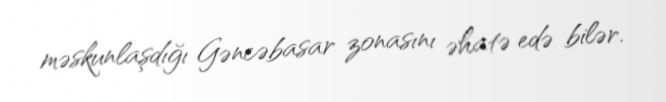
məskunlaşdığı Gəncəbasar zonasını əhatə edə bilər.